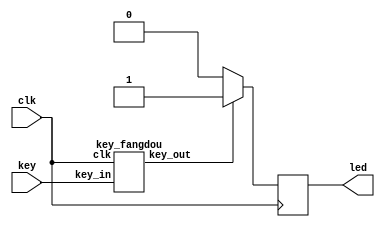
module example2(clk,key,led);
	input clk;
	input key;
	output reg led;
	wire key_1;
	
	always @(posedge clk)
		begin
		if(key_1==1)
		led<=1'b1;
		else
		led<=1'b0;
	end
	key_fangdou u1(.clk(clk),.key_in(key),.key_out(key_1));
endmodule

module key_fangdou(clk,key_in,key_out);
parameter SAMPLE_TIME = 4;
input clk;
input key_in;
output key_out;

reg [21:0] count_low;
reg [21:0] count_high;

reg key_out_reg;

always @(posedge clk)
if(key_in ==1'b0)
count_low <= count_low + 1;
else
count_low <= 0;

always @(posedge clk)
if(key_in ==1'b1)
count_high <= count_high + 1;
else
count_high <= 0;

always @(posedge clk)
if(count_high == SAMPLE_TIME)
key_out_reg <= 1;
else if(count_low == SAMPLE_TIME)
key_out_reg <= 0;

assign key_out = key_out_reg;
endmodule